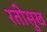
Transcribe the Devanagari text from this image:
रतीसुख